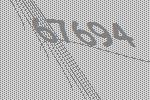
67694